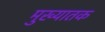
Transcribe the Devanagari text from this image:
मुख्यातक